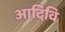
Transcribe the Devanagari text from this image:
आदिवि